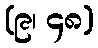
(၉၊ ၄၈)